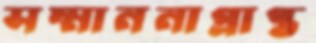
সম্মাননাপ্রাপ্ত